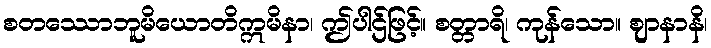
စတဿောဘူမိယောတိဣမိနာ၊ ဤပါဌ်ဖြင့်။ စတ္တာရိ၊ ကုန်သော။ ဈာနာနိ၊